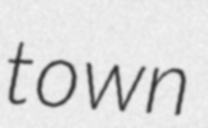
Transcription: town